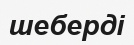
шеберді